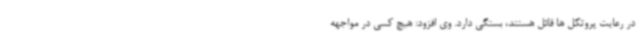
در رعایت پروتکل ها قائل هستند، بستگی دارد. وی افزود: هیچ کسی در مواجهه